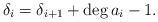
LaTeX: \begin{align*}\delta_{i}=\delta_{i+1}+\deg a_i-1.\end{align*}